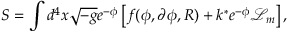
S = \int d ^ { 4 } x \sqrt { - g } e ^ { - \phi } \left[ f ( \phi , \partial \phi , R ) + k ^ { * } e ^ { - \phi } \mathcal { L } _ { m } \right] ,